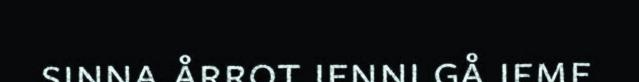
sinna årrot ienni gå ieme